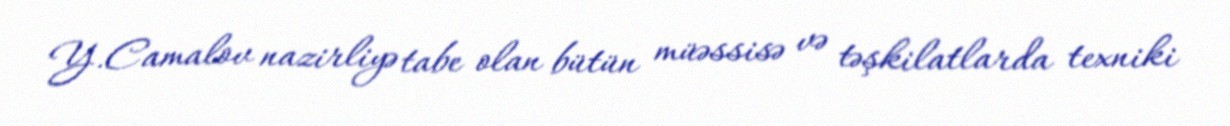
Y.Camalov nazirliyə tabe olan bütün müəssisə və təşkilatlarda texniki